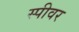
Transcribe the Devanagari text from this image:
स्पीवर